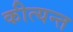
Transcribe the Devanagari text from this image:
कीत्यन्त